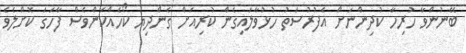
ބޭނުންވާ ހުރިހާ ކުދިންނަށް އެފުރުސަތު ހުޅުވާލައިގެން ކުރިއަށް ގެންދިޔަ ކޯހެއްކަންވެސް ފާހަގަ ކޮށްލެވެ